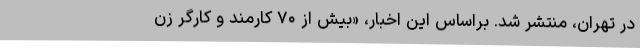
در تهران، منتشر شد. براساس این اخبار، «بیش از ۷۰ کارمند و کارگر زن